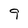
Character: 9